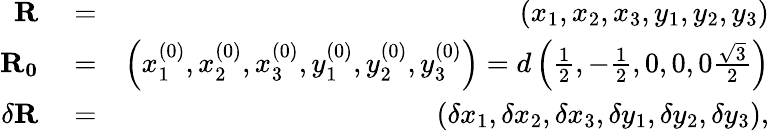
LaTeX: \begin{array}{rlr}{\mathbf{R}}&{{}=}&{\left(x_{1},x_{2},x_{3},y_{1},y_{2},y_{3}\right)}\\ {\mathbf{R_{0}}}&{{}=}&{\left(x_{1}^{(0)},x_{2}^{(0)},x_{3}^{(0)},y_{1}^{(0)},y_{2}^{(0)},y_{3}^{(0)}\right)=d\left(\frac{1}{2},-\frac{1}{2},0,0,0\frac{\sqrt{3}}{2}\right)}\\ {\delta\mathbf{R}}&{{}=}&{\left(\delta x_{1},\delta x_{2},\delta x_{3},\delta y_{1},\delta y_{2},\delta y_{3}\right),}\end{array}